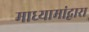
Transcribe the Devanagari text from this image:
माध्यामांद्वारा